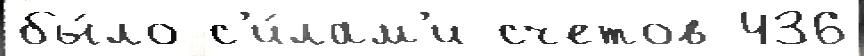
бы́ло с'и́лам'и счетов 436